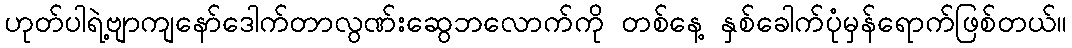
ဟုတ်ပါရဲ့ဗျာကျနော်ဒေါက်တာလွဏ်းဆွေဘလောက်ကို တစ်နေ့ နှစ်ခေါက်ပုံမှန်ရောက်ဖြစ်တယ်။